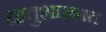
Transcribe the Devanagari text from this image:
धातुशास्त्रात